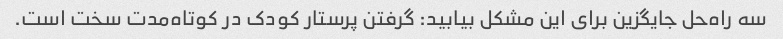
سه راه‌حل جایگزین برای این مشکل بیابید: گرفتن پرستار کودک در کوتاه‌مدت سخت است.